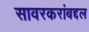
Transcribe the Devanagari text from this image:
सावरकरांबद्दल